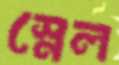
স্নেল